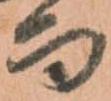
而